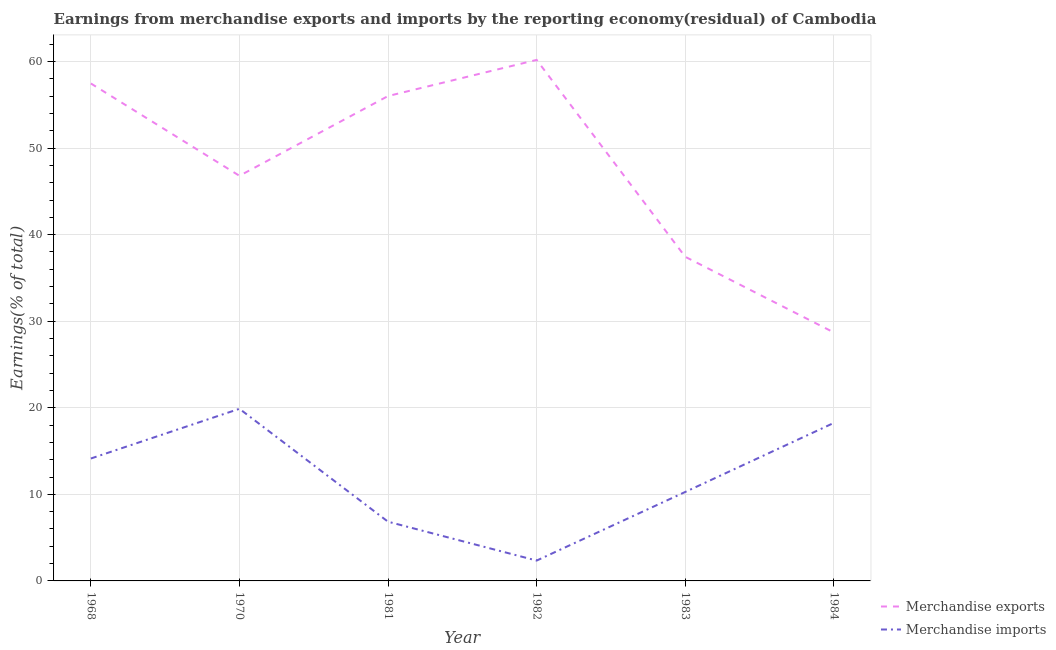
| Year | Merchandise exports | Merchandise imports |
 | --- | --- | --- |
 | 1968 | 57.5 | 14.1 |
 | 1970 | 46.8 | 19.9 |
 | 1981 | 56 | 6.84 |
 | 1982 | 60.2 | 2.35 |
 | 1983 | 37.4 | 10.3 |
 | 1984 | 28.7 | 18.3 |